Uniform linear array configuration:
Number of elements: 16
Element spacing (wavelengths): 1
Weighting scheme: exponential
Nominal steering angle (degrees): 30
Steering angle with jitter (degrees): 30.547
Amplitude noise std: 0.05
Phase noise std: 0.05

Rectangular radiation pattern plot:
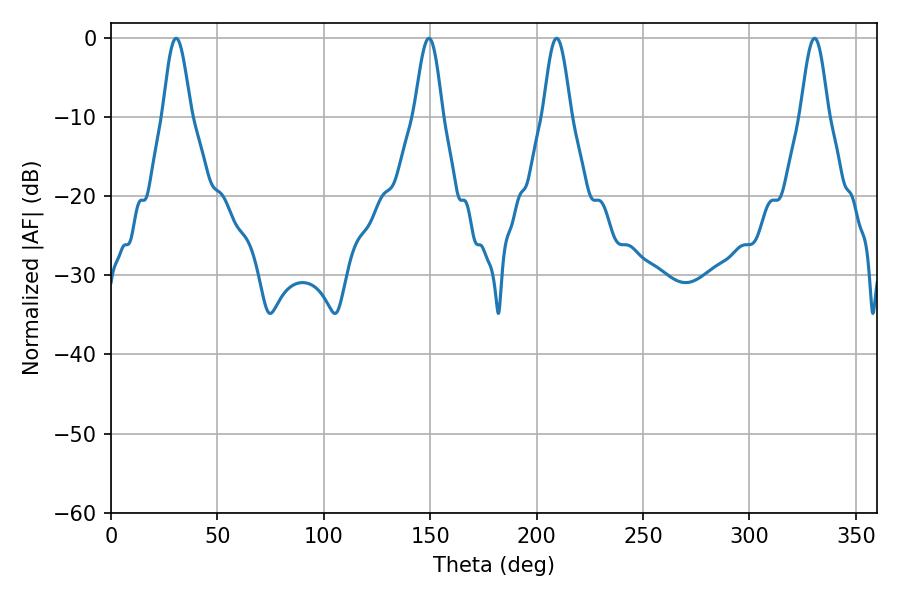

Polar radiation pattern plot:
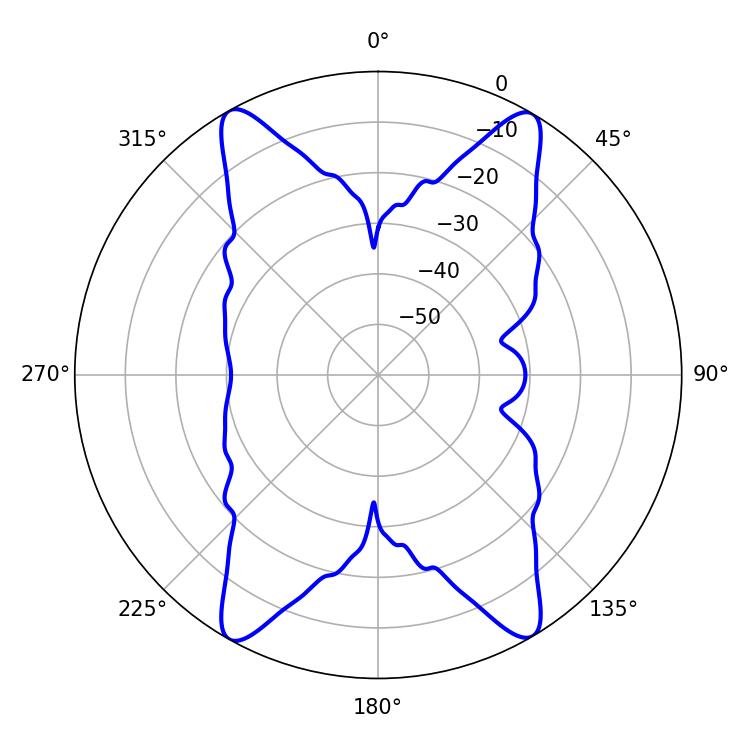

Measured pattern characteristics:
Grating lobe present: TRUE
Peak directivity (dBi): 23.34
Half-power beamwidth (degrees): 7.02
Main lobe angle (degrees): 30.6